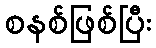
စနစ်ဖြစ်ပြီး